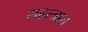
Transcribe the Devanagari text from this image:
सहस्त्रात